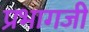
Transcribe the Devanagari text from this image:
प्रभागजी